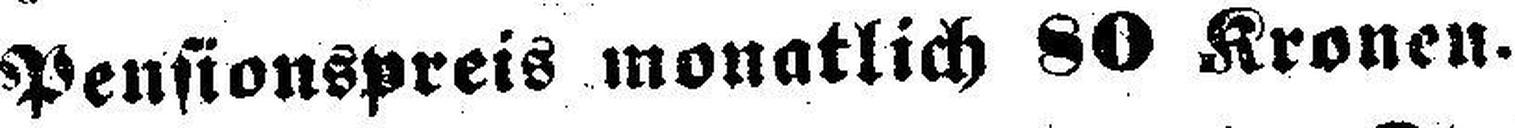
Pensionspreis monatlich 80 Kronen.